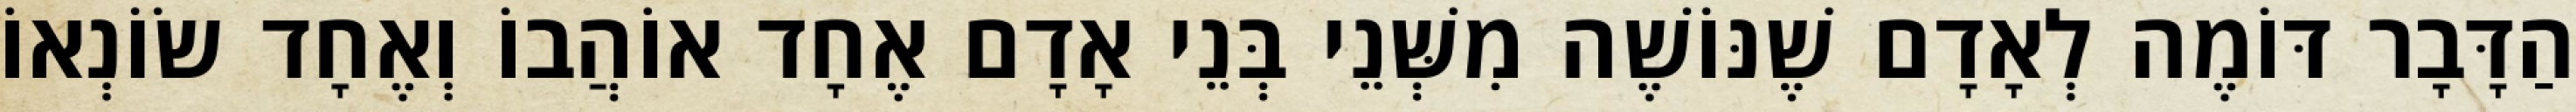
הַדָּבָר דּוֹמֶה לְאָדָם שֶׁנּוֹשֶׁה מִשְּׁנֵי בְּנֵי אָדָם אֶחָד אוֹהֲבוֹ וְאֶחָד שׂוֹנְאוֹ